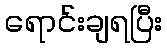
ရောင်းချရပြီး